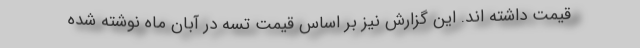
قیمت داشته اند. این گزارش نیز بر اساس قیمت تسه در آبان ماه نوشته شده